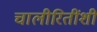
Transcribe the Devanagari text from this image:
चालीरितींशी